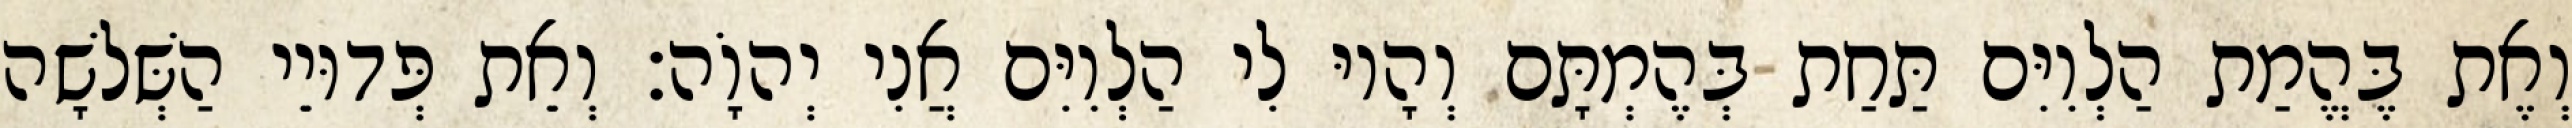
וְאֶת בֶּהֱמַת הַלְוִיִּם תַּחַת בְּהֶמְתָּם וְהָיוּ לִי הַלְוִיִּם אֲנִי יְהוָֹה׃ וְאֵת פְּדוּיֵי הַשְּׁלשָׁה